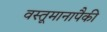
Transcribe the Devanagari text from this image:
वस्तूमानापैकी